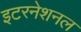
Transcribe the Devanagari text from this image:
इटरनेशनल